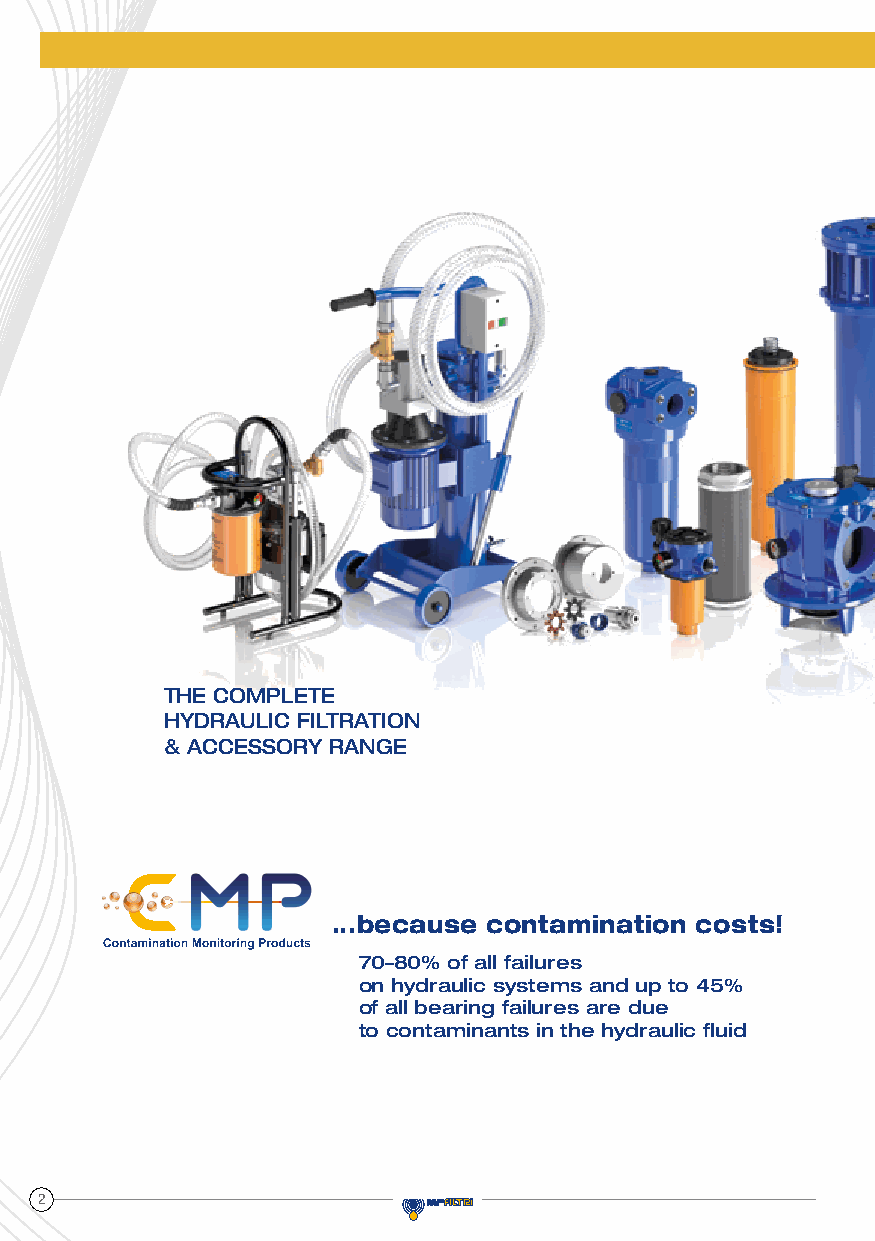
THE COMPLETE
 HYDRAULIC FILTRATION
 & ACCESSORY RANGE
 ...because contamination costs!
 70–80% of all failures
 on hydraulic systems and up to 45%
 of all bearing failures are due
 to contaminants in the hydraulic fluid
 2